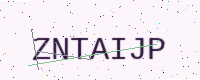
Text: ZNTAIJP